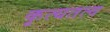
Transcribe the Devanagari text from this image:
कृत्यतत्व